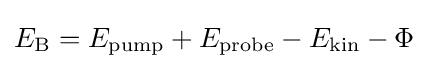
E_{\text{B}}=E_{\text{pump}}+E_{\text{probe}}-E_{\text{kin}}-\Phi